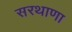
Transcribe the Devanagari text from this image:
सरथाणा